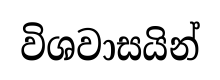
විශවාසයින්